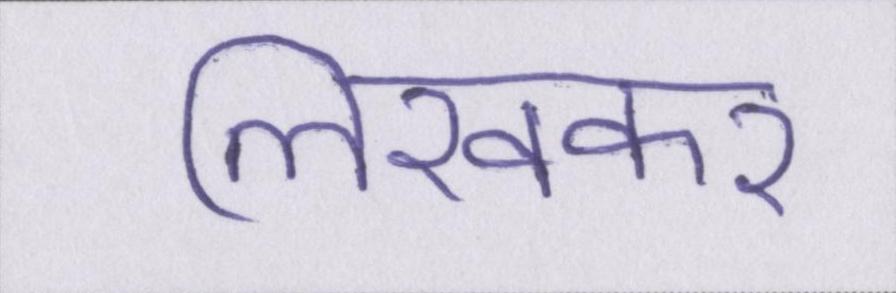
लिखकर